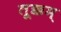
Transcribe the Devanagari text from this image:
तूक्कम्